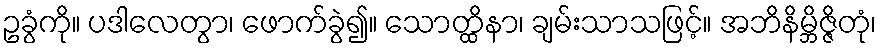
ဥခွံကို။ ပဒါလေတွာ၊ ဖောက်ခွဲ၍။ သောတ္ထိနာ၊ ချမ်းသာသဖြင့်။ အဘိနိမ္ဘိဇ္ဇိတုံ၊